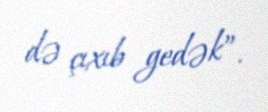
də çıxıb gedək”.